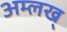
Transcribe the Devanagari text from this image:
अम्लख्